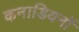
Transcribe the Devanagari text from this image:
कनाडियनों